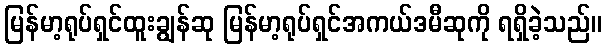
မြန်မာ့ရုပ်ရှင်ထူးချွန်ဆု မြန်မာ့ရုပ်ရှင်အကယ်ဒမီဆုကို ရရှိခဲ့သည်။